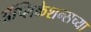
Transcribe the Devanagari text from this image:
ॲप्लिकेशन्सच्या